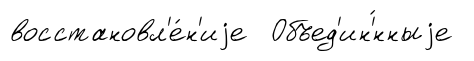
восстановл'е́н'иjе Объед'ин'́нныjе